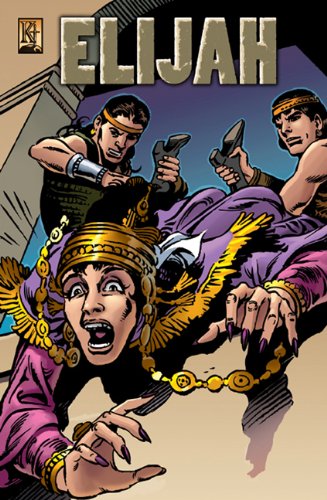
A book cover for Elijah; Michael Pearl; Comics & Graphic Novels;